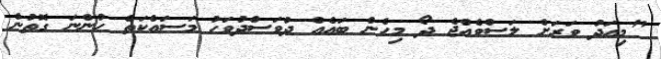
"މިއަދު ވަރަށް ލަސްވެއްޖެ ދޯ މިހެން ބައެއް ދުވަސްދުވަހު މަސައްކަތް ހުންނަ ގޮތުން